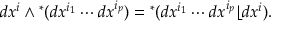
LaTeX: d x ^ { i } \wedge { } ^ { * } ( d x ^ { i _ { 1 } } \cdots d x ^ { i _ { p } } ) = { } ^ { * } ( d x ^ { i _ { 1 } } \cdots d x ^ { i _ { p } } \lfloor d x ^ { i } ) .